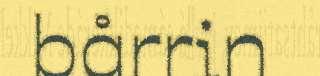
bårrin